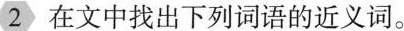
2在文中找出下列词语的近义词。